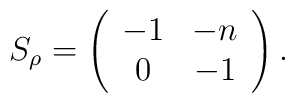
S_{\rho} = \left( \begin{array}{cc} -1 & -n \\ 0 & -1 \end{array} \right).